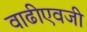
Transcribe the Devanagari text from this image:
वाढीएवजी